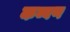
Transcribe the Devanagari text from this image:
कब्बण